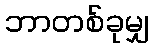
ဘာတစ်ခုမျှ